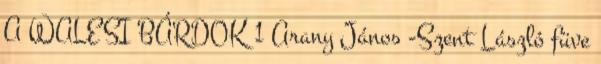
A WALESI BÁRDOK 1 Arany János -Szent László füve